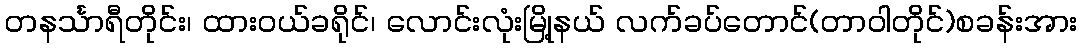
တနင်္သာရီတိုင်း၊ ထားဝယ်ခရိုင်၊ လောင်းလုံးမြို့နယ် လက်ခပ်တောင်(တာဝါတိုင်)စခန်းအား